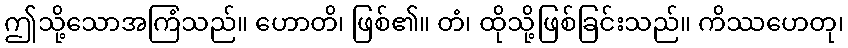
ဤသို့သောအကြံသည်။ ဟောတိ၊ ဖြစ်၏။ တံ၊ ထိုသို့ဖြစ်ခြင်းသည်။ ကိဿဟေတု၊